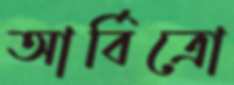
আর্বিত্রো